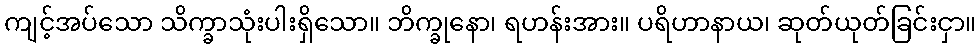
ကျင့်အပ်သော သိက္ခာသုံးပါးရှိသော။ ဘိက္ခုနော၊ ရဟန်းအား။ ပရိဟာနာယ၊ ဆုတ်ယုတ်ခြင်းငှာ။